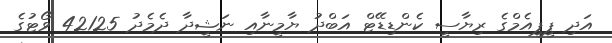
އަދި ޕީޕީއެމްގެ ރިޔާސީ ކެންޑިޑޭޓް އަބްދު ޔާމީނާއި ނަޝީދާ ދެމެދު 42125 ވޯޓުގެ